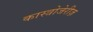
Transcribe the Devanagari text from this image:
कास्त्रोजेरीज़